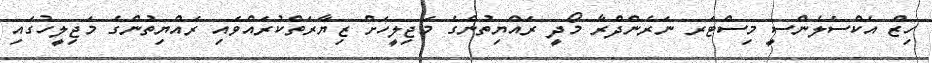
ހިޒް އެކްސެލެންސީ މިސްޓަރ ނަރެންދްރާ މޯދީ ރައްޔިތުންގެ މަޖިލީހަށް ޒިޔާރަތްކުރައްވައި ރައްޔިތުންގެ މަޖިލީހުގައި